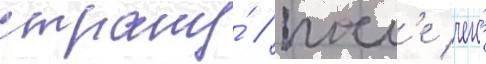
страну́ / посл'е чего́